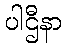
ပါဌီနာ